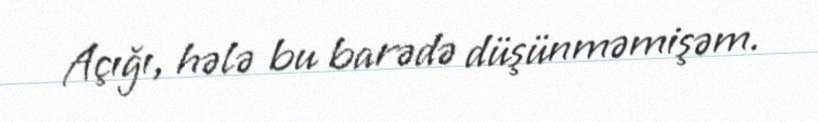
Açığı, hələ bu barədə düşünməmişəm.